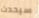
سيحدث